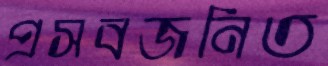
প্রসবজনিত